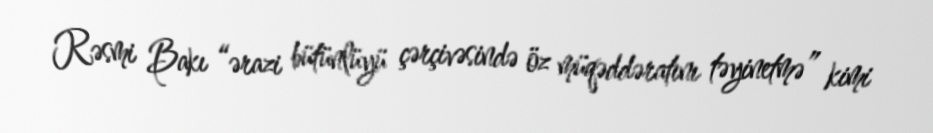
Rəsmi Bakı “ərazi bütünlüyü çərçivəsində öz müqəddəratını təyinetmə” kimi